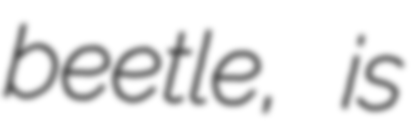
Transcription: beetle, is